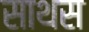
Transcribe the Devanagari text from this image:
साथस